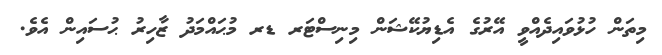
މިތަން ހުޅުވައިދެއްވީ އޭރުގެ އެޑިޔުކޭޝަން މިނިސްޓަރ ޑރ މުޙައްމަދު ޒާހިރު ޙުސައިން އެވެ.